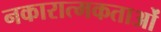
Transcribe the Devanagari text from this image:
नकारात्मकताओं